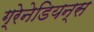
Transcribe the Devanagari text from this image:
ग्रेनेडियन्स